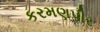
કરમણપીર